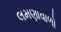
લમણાવાળો